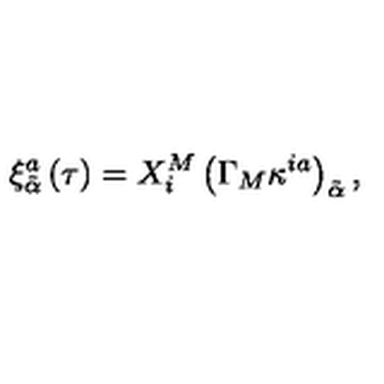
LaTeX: \xi _ { \tilde { \alpha } } ^ { a } \left( \tau \right) = X _ { i } ^ { M } \left( \Gamma _ { M } \kappa ^ { i a } \right) _ { \tilde { \alpha } } ,